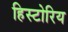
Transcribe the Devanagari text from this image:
हिस्टोरिय